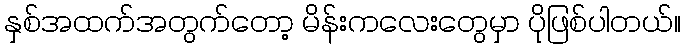
နှစ်အထက်အတွက်တော့ မိန်းကလေးတွေမှာ ပိုဖြစ်ပါတယ်။